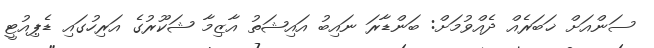
ސަންއަށް ޚަބަރެއް ދެއްވުމަށް: ބަންޑާރަ ނައިބު އައިޝަތު އާޒިމާ ޝަކޫރުގެ އަރިހުގައި ޑެޕިއުޓީ